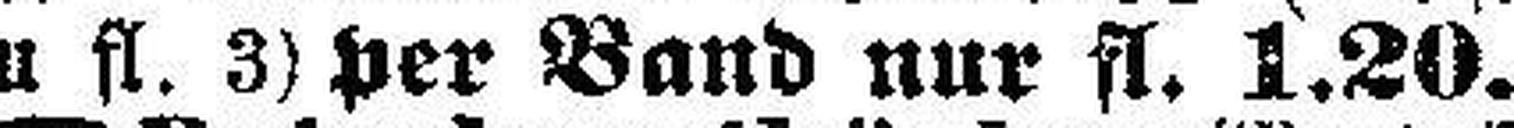
neu fl. 3) per Band nur fl. 1.20.